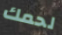
لحمك